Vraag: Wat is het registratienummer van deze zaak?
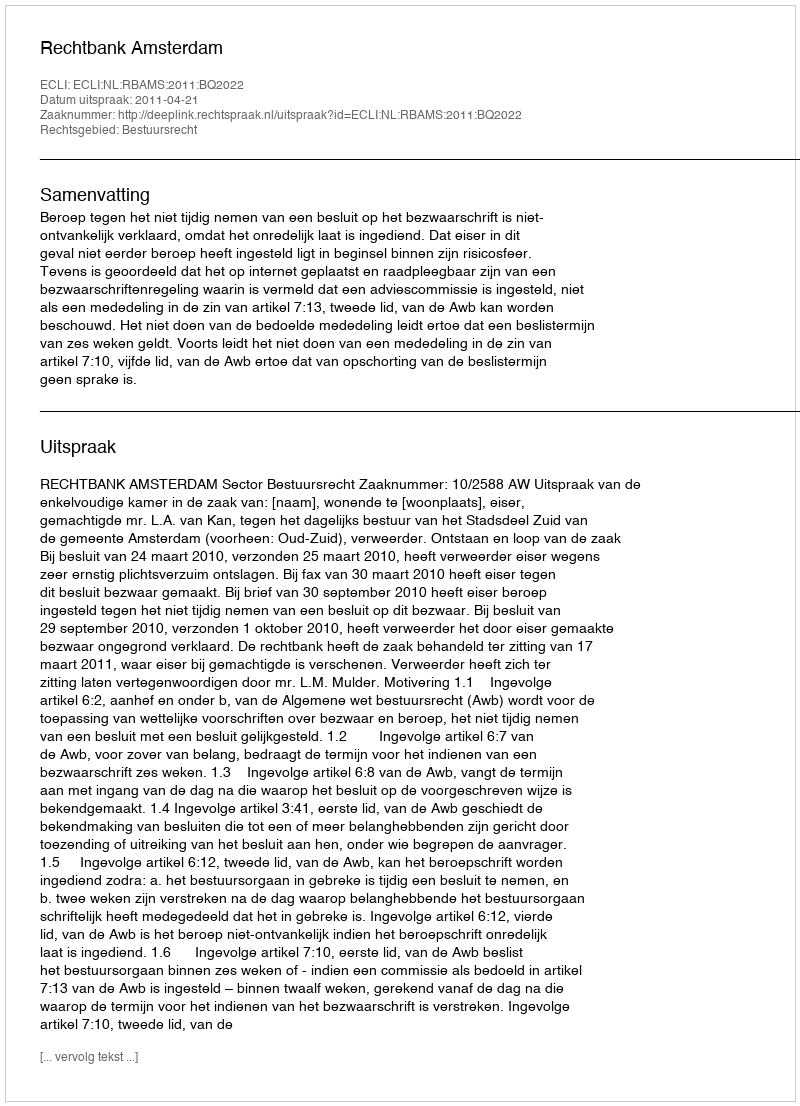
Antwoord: http://deeplink.rechtspraak.nl/uitspraak?id=ECLI:NL:RBAMS:2011:BQ2022